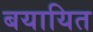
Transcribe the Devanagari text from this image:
बयायित